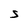
Character: S